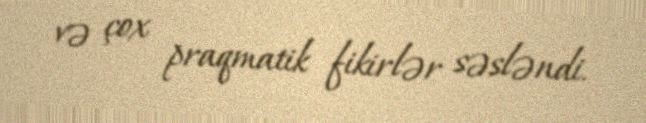
və çox praqmatik fikirlər səsləndi.